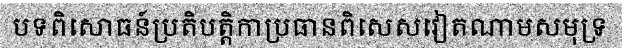
បទពិសោធន៍ប្រតិបត្តិកាប្រធានពិសេសវៀតណាមសមុទ្រ